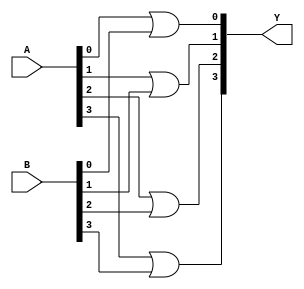
// 5932_74HC32.v
module HC32(A,B,Y);
input wire[4:1]A,B;
output wire[4:1]Y;
or
gate1(Y[1],A[1],B[1]),
gate2(Y[2],A[2],B[2]),
gate3(Y[3],A[3],B[3]),
gate4(Y[4],A[4],B[4]);//74HC32  
endmodule